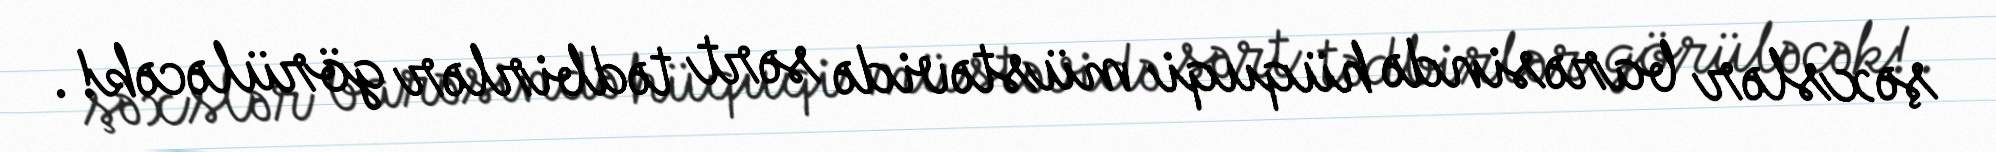
şəxslər barəsində hüquqi müstəvidə sərt tədbirlər görüləcək!.